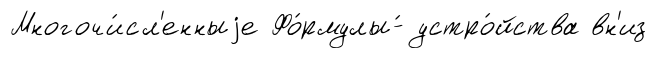
Многочи́сл'енныjе Фо́рмулы-́ устро́йства вн'из